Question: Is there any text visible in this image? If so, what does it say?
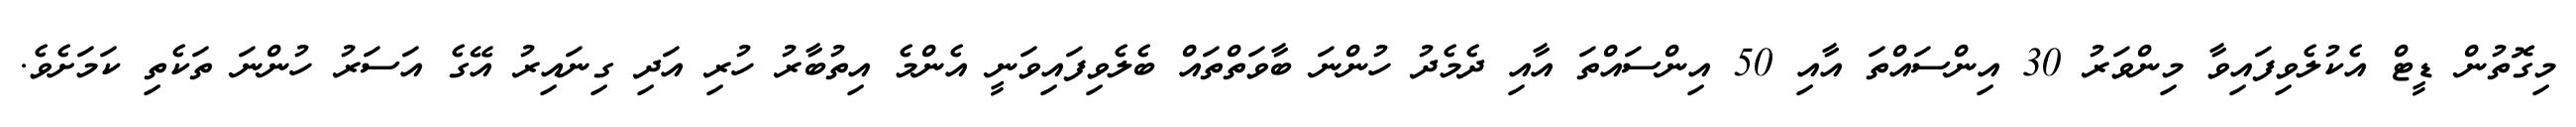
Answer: މިގޮތުން ޑީޓް އެކުލެވިފައިވާ މިންވަރު 30 އިންސައްތަ އާއި 50 އިންސައްތަ އާއި ދެމެދު ހުންނަ ބާވަތްތައް ބެލެވިފައިވަނީ އެންމެ އިތުބާރު ހުރި އަދި ގިނައިރު އޭގެ އަސަރު ހުންނަ ތަކެތި ކަމަށެވެ.